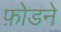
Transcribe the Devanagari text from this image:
फ़ोडने